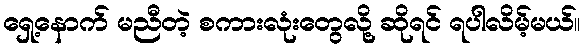
ရှေ့နောက် မညီတဲ့ စကားလုံးတွေလို့ ဆိုရင် ရပါလိမ့်မယ်။